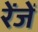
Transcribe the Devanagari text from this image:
रेंजें